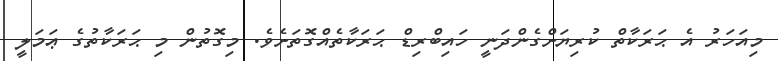
މިއަހަރު އެ ޙަރަކާތް ކުރިޔަށްގެންދަނީ ހައިބްރިޑް ޙަރަކާތެއްގޮތަށެވެ. މިގޮތުން މި ޙަރަކާތުގެ ޢަމަލީ